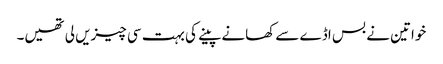
خواتین نے بس اڈے سے کھانے پینے کی بہت سی چیزیں لی تھیں۔